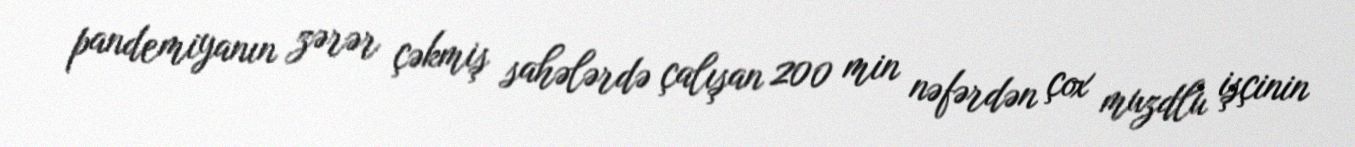
pandemiyanın zərər çəkmiş sahələrdə çalışan 200 min nəfərdən çox muzdlu işçinin